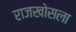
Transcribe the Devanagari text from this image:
राजखोसला